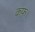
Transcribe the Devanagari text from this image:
कफ।